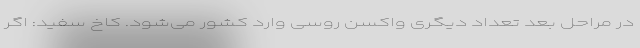
در مراحل بعد تعداد دیگری واکسن روسی وارد کشور می‌شود. کاخ سفید: اگر